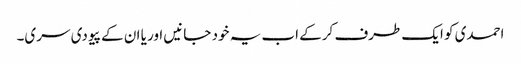
احمدی کو ایک طرف کرکے اب یہ خود جانیں اور یا ان کے پیو دی سری۔